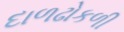
દાળઢોકળી